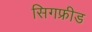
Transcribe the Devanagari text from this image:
सिगफ्रीड